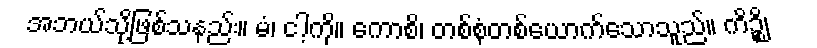
အဘယ်သို့ဖြစ်သနည်း။ မံ၊ ငါ့ကို။ ကောစိ၊ တစ်စုံတစ်ယောက်သောသူည်။ ကိဉ္စိ၊